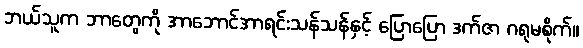
ဘယ်သူက ဘာတွေကို အာဘောင်အာရင်းသန်သန်နှင့် ပြောပြော ဒက်ဇာ ဂရုမစိုက်။